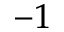
^ { - 1 }